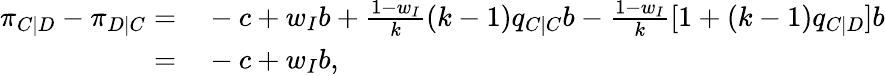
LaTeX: \begin{array}{rl}{\pi_{C|D}-\pi_{D|C}=}&{{}-c+w_{I}b+\frac{1-w_{I}}{k}(k-1)q_{C|C}b-\frac{1-w_{I}}{k}[1+(k-1)q_{C|D}]b}\\ {=}&{{}-c+w_{I}b,}\end{array}